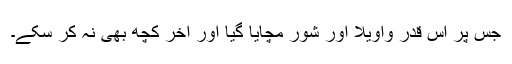
جس پر اس قدر واویلا اور شور مچایا گیا اور آخر کچھ بھی نہ کر سکے۔